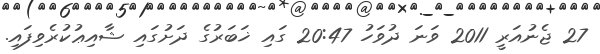
27 ޖެނުއަރީ 2011 ވަނަ ދުވަހު 20:47 ގައި ޚަބަރުގެ ދަށުގައި ޝާއިޢުކުރެވިފައި.